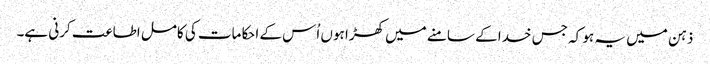
ذہن میں یہ ہو کہ جس خدا کے سامنے میں کھڑا ہوں اُس کے احکامات کی کامل اطاعت کرنی ہے۔